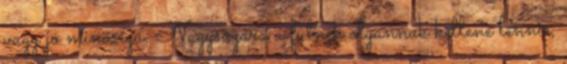
vagy jó minőségű. Nagyságára a fülnek olyannak kellene lennie,